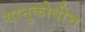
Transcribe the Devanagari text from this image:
यानुकोवीच